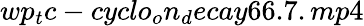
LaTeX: wp_{t}c-cyclo_{o}n_{d}ecay66.7.mp4